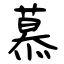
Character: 慕